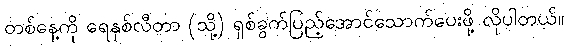
တစ်နေ့ကို ရေနှစ်လီတာ (သို့) ရှစ်ခွက်ပြည့်အောင်သောက်ပေးဖို့ လိုပါတယ်။